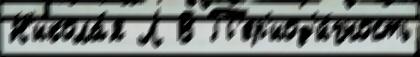
Н'икола́я Л В П'ер'иод'и́чность